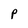
Character: p